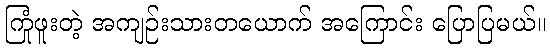
ကြုံဖူးတဲ့ အကျဉ်းသားတယောက် အကြောင်း ပြောပြမယ်။